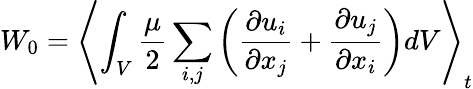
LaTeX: W_{0}=\left\langle\int_{V}\frac{\mu}{2}\sum_{i,j}\left(\frac{\partial u_{i}}{\partial x_{j}}+\frac{\partial u_{j}}{\partial x_{i}}\right)dV\right\rangle_{t}